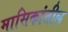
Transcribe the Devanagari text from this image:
मासिकांतील